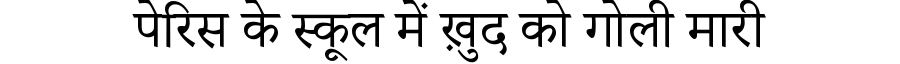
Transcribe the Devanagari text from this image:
पेरिस के स्कूल में ख़ुद को गोली मारी